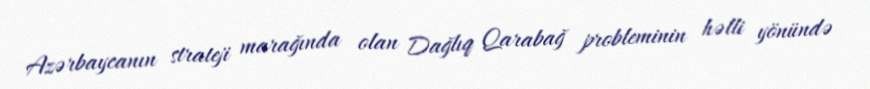
Azərbaycanın strateji marağında olan Dağlıq Qarabağ probleminin həlli yönündə